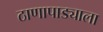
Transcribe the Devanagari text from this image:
ठाणापाड्याला